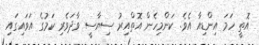
އޮތީ ހަމަ އިންޑިއާ އެވެ. ކަންމިހެން އޮތްއިރު ސިޔާސީ ވާދަވެރި ކަމުގެ އަވައިގައި